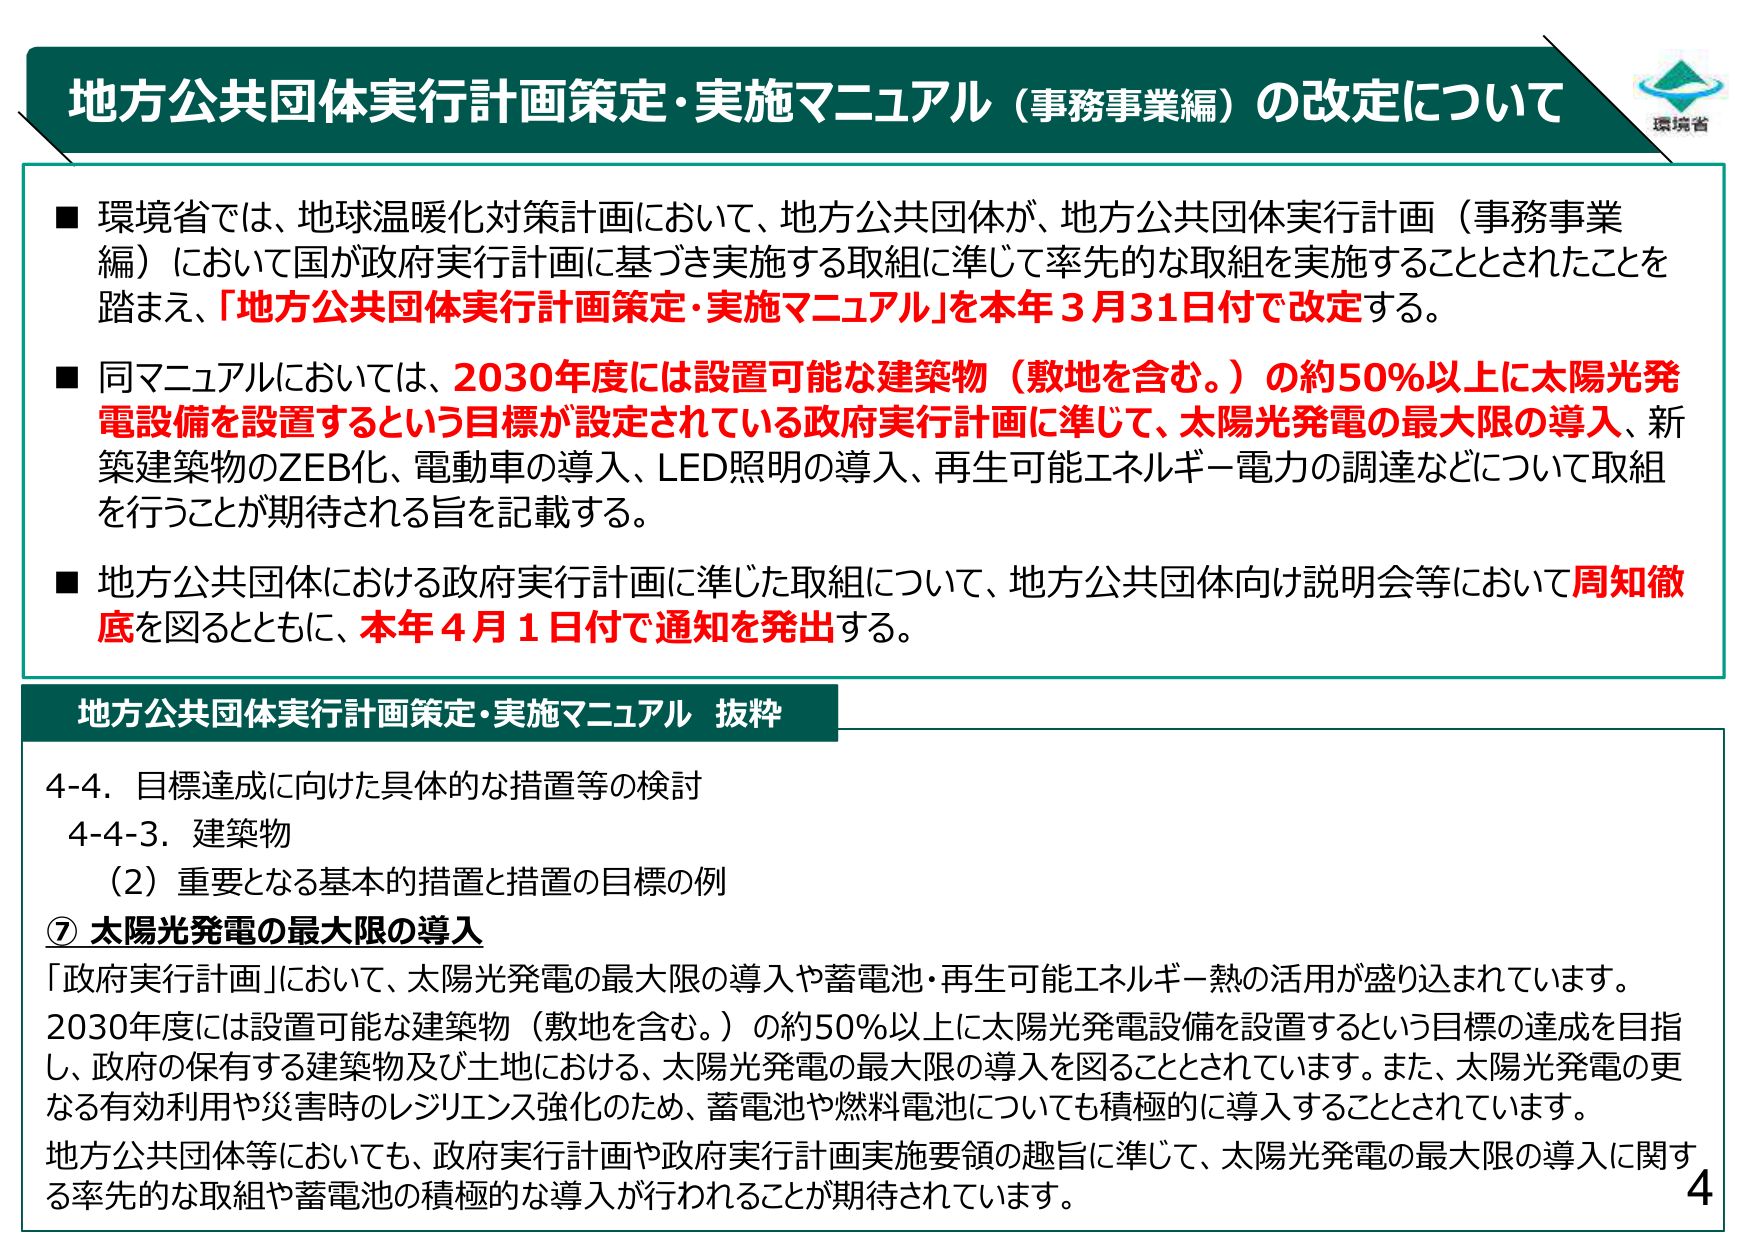
地方公共団体実行計画策定・実施マニュアル（事務事業編）の改定について

■ 環境省では、地球温暖化対策計画において、地方公共団体が、地方公共団体実行計画（事務事業編）において国が政府実行計画に基づき実施する取組に準じて率先的な取組を実施することとされたことを踏まえ、「地方公共団体実行計画策定・実施マニュアル」を本年3月31日付で改定する。

■ 同マニュアルにおいては、2030年度には設置可能な建築物（敷地を含む。）の約50％以上に太陽光発電設備を設置するという目標が設定されている政府実行計画に準じて、太陽光発電の最大限の導入、新築建築物のZEB化、電動車の導入、LED照明の導入、再生可能エネルギー電力の調達などについて取組を行うことが期待される旨を記載する。

■ 地方公共団体における政府実行計画に準じた取組について、地方公共団体向け説明会等において周知徹底を図るとともに、本年4月1日付で通知を発出する。

地方公共団体実行計画策定・実施マニュアル 抜粋

4-4．目標達成に向けた具体的な措置等の検討
4-4-3．建築物
（2）重要となる基本的措置と措置の目標の例
⑦ 太陽光発電の最大限の導入
「政府実行計画」において、太陽光発電の最大限の導入や蓄電池・再生可能エネルギー熱の活用が盛り込まれています。
2030年度には設置可能な建築物（敷地を含む。）の約50％以上に太陽光発電設備を設置するという目標の達成を目指し、政府の保有する建築物及び土地における、太陽光発電の最大限の導入を図ることとされています。また、太陽光発電の更なる有効利用や災害時のレジリエンス強化のため、蓄電池や燃料電池についても積極的に導入することとされています。
地方公共団体等においても、政府実行計画や政府実行計画実施要領の趣旨に準じて、太陽光発電の最大限の導入に関する率先的な取組や蓄電池の積極的な導入が行われることが期待されています。

4